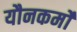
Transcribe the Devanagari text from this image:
यौनकर्मों